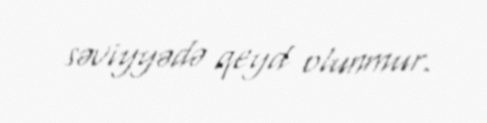
səviyyədə qeyd olunmur.